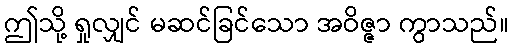
ဤသို့ ရှုလျှင် မဆင်ခြင်သော အဝိဇ္ဇာ ကွာသည်။